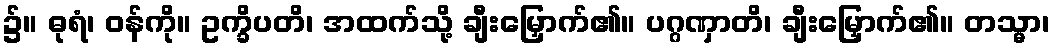
၌။ ဓုရံ၊ ဝန်ကို။ ဥက္ခိပတိ၊ အထက်သို့ ချီးမြှောက်၏။ ပဂ္ဂဏှာတိ၊ ချီးမြှောက်၏။ တသ္မာ၊